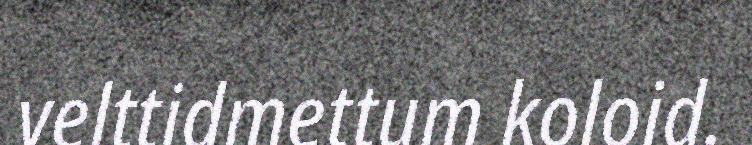
velttidmettum koloid.